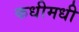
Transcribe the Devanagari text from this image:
कधीमधी